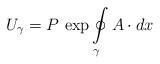
LaTeX: \begin{align*} U_{\gamma} = P \ \mathrm{exp} \oint\limits_{\gamma} A \cdot dx \end{align*}